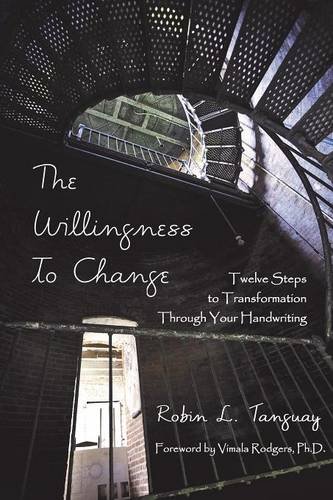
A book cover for The Willingness to Change: Twelve Steps to Transformation Through Your Handwriting (2nd edition); Robin L. Tanguay; Self-Help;